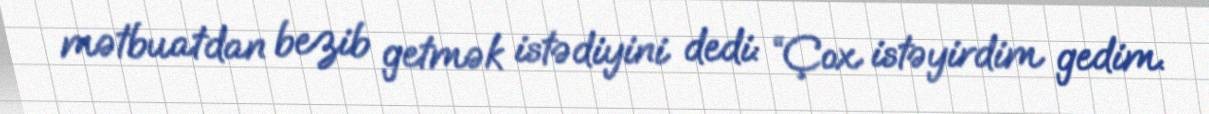
mətbuatdan bezib getmək istədiyini dedi: “Çox istəyirdim gedim.